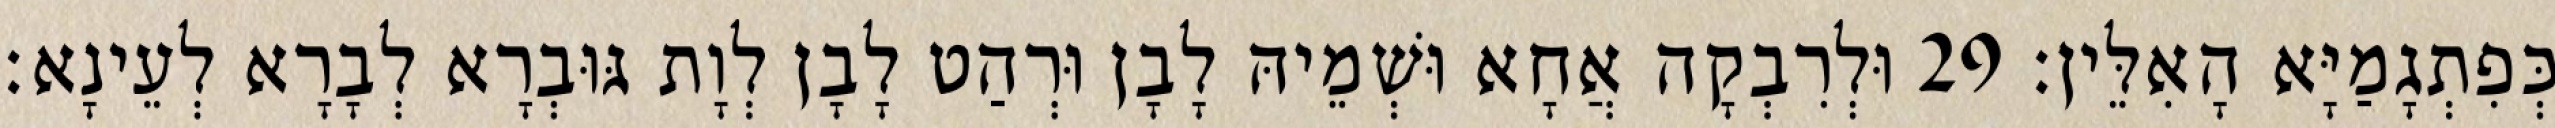
כְּפִתְגָמַיָּא הָאִלֵּין׃ 29 וּלְרִבְקָה אֲחָא וּשְׁמֵיהּ לָבָן וּרְהַט לָבָן לְוָת גּוּבְרָא לְבָרָא לְעֵינָא׃